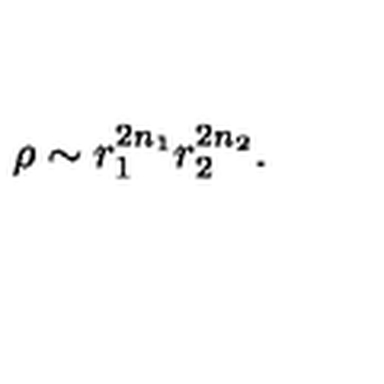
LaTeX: \rho \sim r _ { 1 } ^ { 2 n _ { 1 } } r _ { 2 } ^ { 2 n _ { 2 } } .